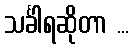
သင်္ခါရဆိုတာ ...